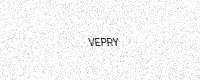
Text: VEPRY